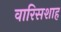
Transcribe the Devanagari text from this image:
वारिसशाह